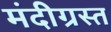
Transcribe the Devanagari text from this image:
मंदीग्रस्त